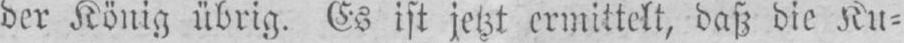
der König übrig. Es ist jetzt ermittelt, daß die Ku⸗